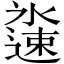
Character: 𬩏